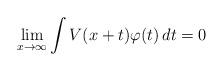
LaTeX: \begin{align*}\lim_{x\to\infty} \int V(x+t)\varphi(t)\, dt = 0\end{align*}